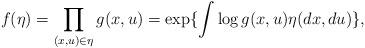
LaTeX: \begin{align*}f(\eta )=\prod_{(x,u)\in\eta}g(x,u)=\exp\{\int\log g(x,u)\eta (dx,du)\},\end{align*}